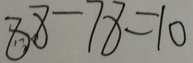
8 8 - 7 8 = 1 0